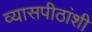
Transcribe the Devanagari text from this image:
व्यासपीठांशी